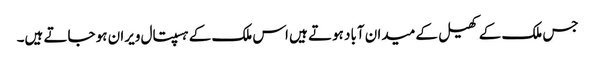
جس ملک کے کھیل کے میدان آباد ہوتے ہیں اس ملک کے ہسپتال ویران ہو جاتے ہیں۔